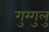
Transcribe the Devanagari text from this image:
गुग्गुलु